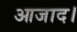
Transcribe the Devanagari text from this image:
आजाद।